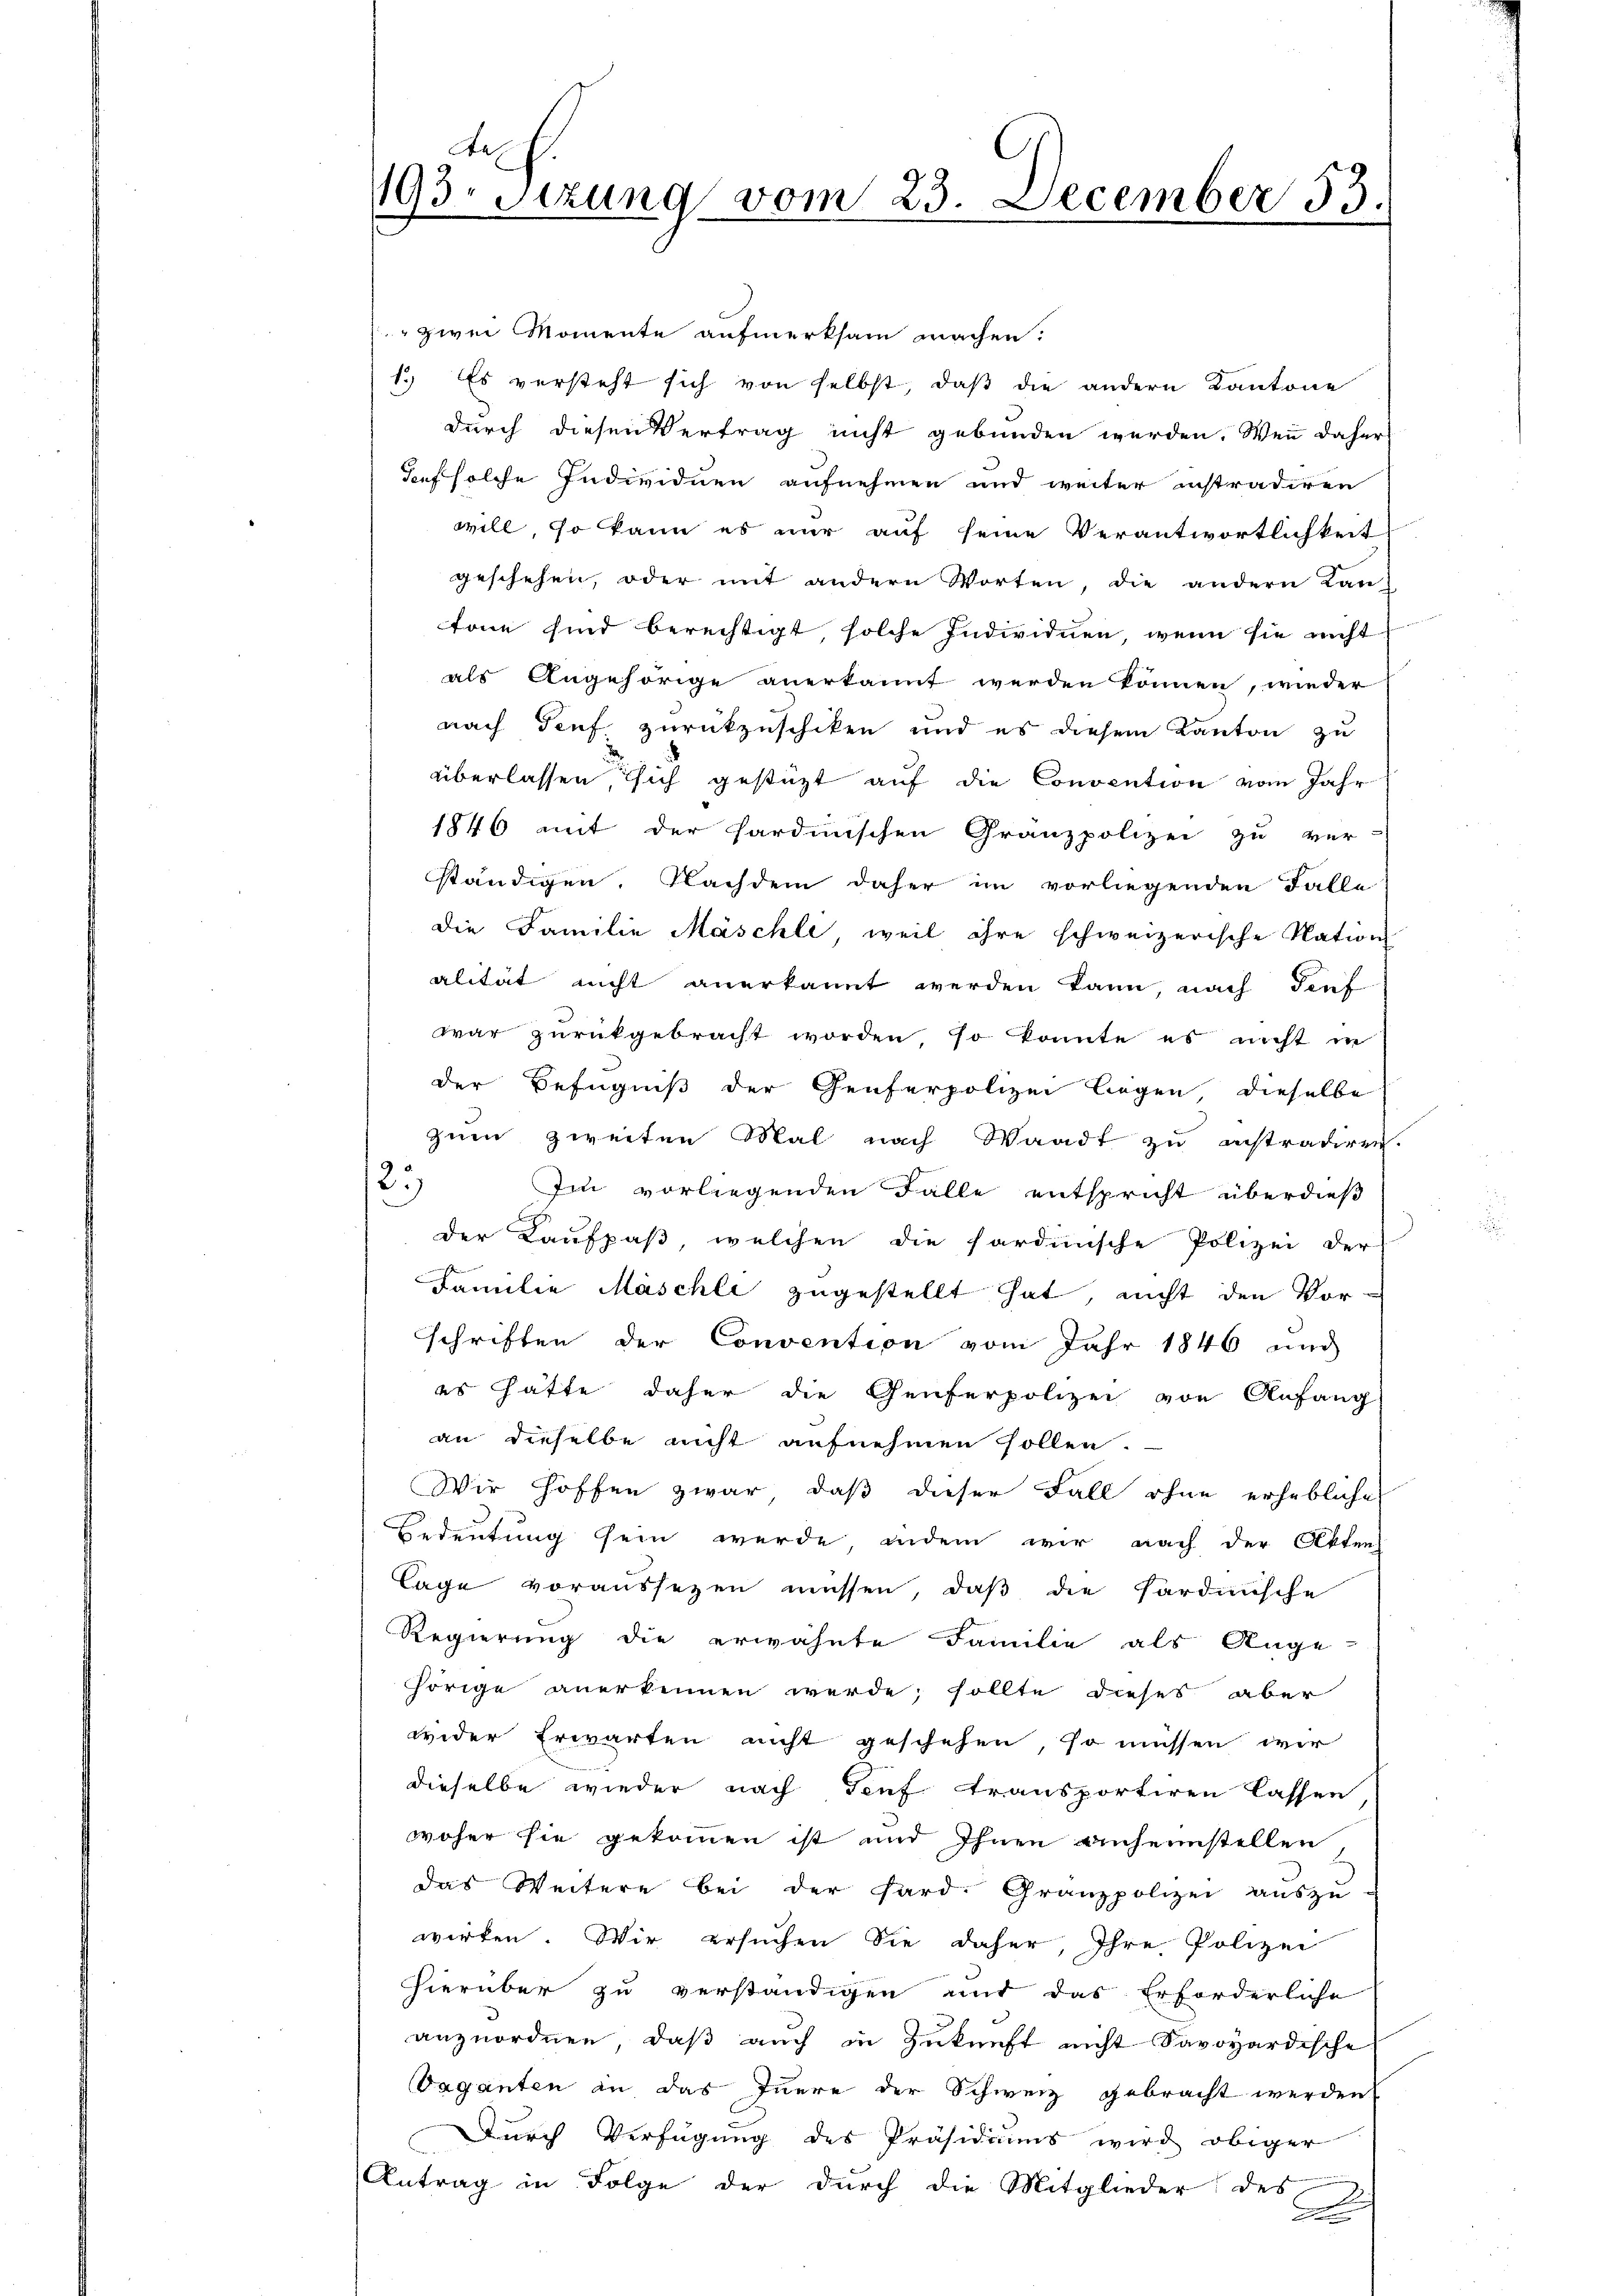
A
193 Sitzung vom 23. December 33.

" zwei Momente aufmerksam machen.
1.) Es versteht sich von selbst, daß die andern Kantone
durch diesen Vertrag nicht gebunden werden. Wenn daher
Tef solche Individuen aufnehmen und weiter instradiren
will, so kann es nur auf seine Verantwortlichkeit
geschehen, oder mit andern Worten, die andern Lan
tone sind berechtigt, solche Individuen, wenn sie nicht
als Angehörige anerkannt werden können, wieder
nach Teuf zurückzuschiken und es diesem Kanton zu
überlassen sich gestüzt auf die Convention vom Jahr
1846 mit der sardinischen Granzpolizei zu ver-
ständigen. Nachdem daher im vorliegenden Falle
die Familie Maschle, weil ihre schweizerische Nation
alität nicht anerkannt werden kann, nach Teuf
war zurückgebracht worden, so konnte es nicht in
der Befugniß der Genferpolizei legen, dieselbe
zum zweiten Mal nach Waadt zu instradiren.
23
Im vorliegenden Falle entspricht überdieß
der Kaufpaß, welchen die sardinische Polizei der
Familie Maschli zugestellt hat, nicht den Vor-
schriften der Convention vom Jahr 1846 und
es hätte daher die Genferpolizei von Anfang
an dieselbe nicht aufnehmen sollen.
Wir hoffen zwar, daß dieser Fall ohne erhebliche
Bedeutung sein werde, indem wir nach der Akten
lage voraussezen müssen, daß die Pardische
Regierung die erwähnte Familie als Ange-
hörige anerkennen werde; sollte dieses aber
weder Erwarten nicht geschehen, so müssen wir
dieselbe wieder nach Teuf transportiren lassen
woher sie gekommen ist und Ihnen einheimstellen
das Weitere bei der Pard. Granzpolizei aŭszŭ-
wirken. Wir ersŭchen Sie daher, Ihre Polizei
hierüber zu verständigen und das Erforderliche
anzuordnen, daß auch in Zukunft nicht Savoyardische
Vaganten an das Innere der Schweiz gebracht werden
Durch Verfügung des Präsidiums wird obiger
Antrag in Folge der durch die Mitglieder des
.
A